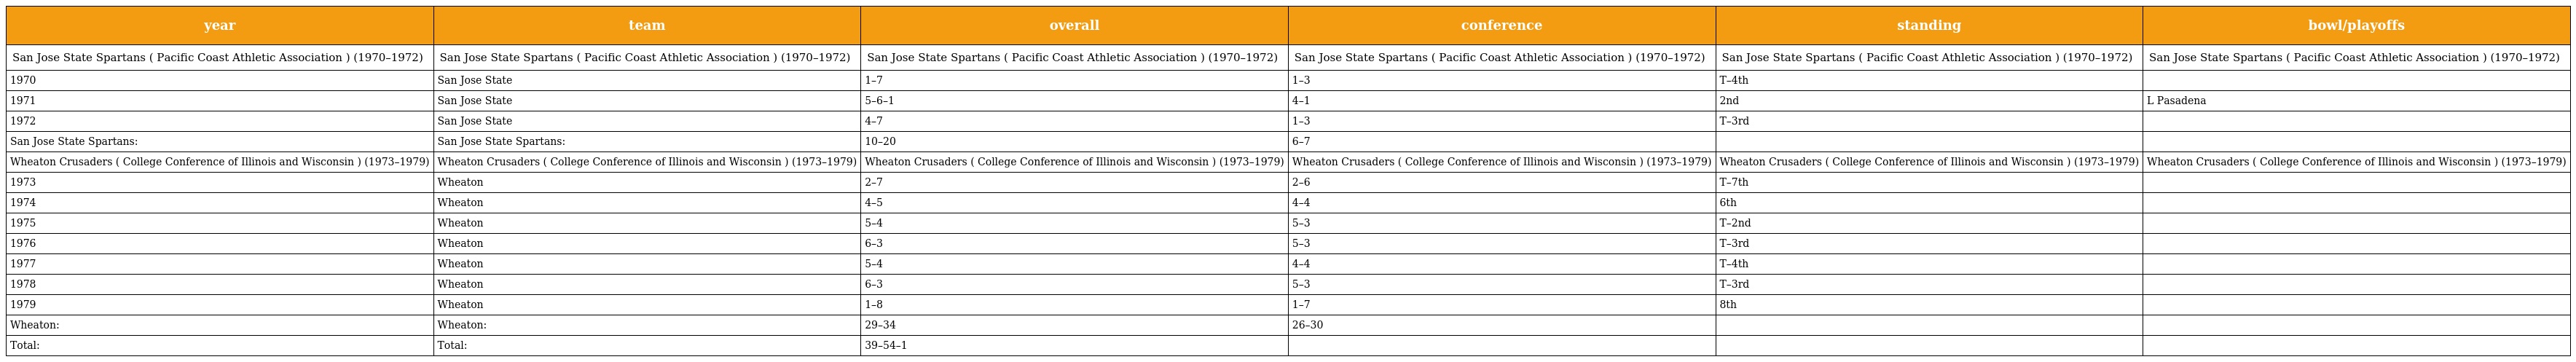
| year | team | overall | conference | standing | bowl/playoffs |
 | --- | --- | --- | --- | --- | --- |
 | San Jose State Spartans ( Pacific Coast Athletic Association ) (1970–1972) | San Jose State Spartans ( Pacific Coast Athletic Association ) (1970–1972) | San Jose State Spartans ( Pacific Coast Athletic Association ) (1970–1972) | San Jose State Spartans ( Pacific Coast Athletic Association ) (1970–1972) | San Jose State Spartans ( Pacific Coast Athletic Association ) (1970–1972) | San Jose State Spartans ( Pacific Coast Athletic Association ) (1970–1972) |
 | 1970 | San Jose State | 1–7 | 1–3 | T–4th |  |
 | 1971 | San Jose State | 5–6–1 | 4–1 | 2nd | L Pasadena |
 | 1972 | San Jose State | 4–7 | 1–3 | T–3rd |  |
 | San Jose State Spartans: | San Jose State Spartans: | 10–20 | 6–7 |  |  |
 | Wheaton Crusaders ( College Conference of Illinois and Wisconsin ) (1973–1979) | Wheaton Crusaders ( College Conference of Illinois and Wisconsin ) (1973–1979) | Wheaton Crusaders ( College Conference of Illinois and Wisconsin ) (1973–1979) | Wheaton Crusaders ( College Conference of Illinois and Wisconsin ) (1973–1979) | Wheaton Crusaders ( College Conference of Illinois and Wisconsin ) (1973–1979) | Wheaton Crusaders ( College Conference of Illinois and Wisconsin ) (1973–1979) |
 | 1973 | Wheaton | 2–7 | 2–6 | T–7th |  |
 | 1974 | Wheaton | 4–5 | 4–4 | 6th |  |
 | 1975 | Wheaton | 5–4 | 5–3 | T–2nd |  |
 | 1976 | Wheaton | 6–3 | 5–3 | T–3rd |  |
 | 1977 | Wheaton | 5–4 | 4–4 | T–4th |  |
 | 1978 | Wheaton | 6–3 | 5–3 | T–3rd |  |
 | 1979 | Wheaton | 1–8 | 1–7 | 8th |  |
 | Wheaton: | Wheaton: | 29–34 | 26–30 |  |  |
 | Total: | Total: | 39–54–1 |  |  |  |